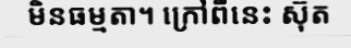
មិនធម្មតា។ ក្រៅពីនេះ ស៊ុត